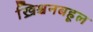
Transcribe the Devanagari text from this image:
ख्रिश्चनबहूल